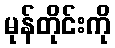
မုန်တိုင်းကို